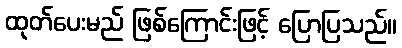
ထုတ်ပေးမည် ဖြစ်ကြောင်းဖြင့် ပြောပြသည်။